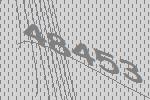
48453